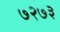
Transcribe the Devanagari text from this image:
७२७३